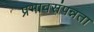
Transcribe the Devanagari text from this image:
प्रभावसंपन्नता